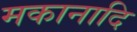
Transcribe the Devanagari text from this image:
मकानादि